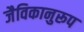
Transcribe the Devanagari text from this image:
जैविकानुरूप